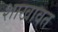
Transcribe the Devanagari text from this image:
शाखावत